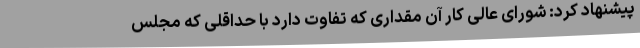
پیشنهاد کرد: شورای عالی کار آن مقداری که تفاوت دارد با حداقلی که مجلس